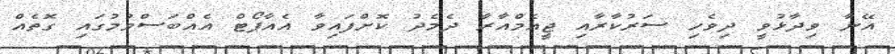
އޭނާ ވިދާޅުވީ ދިވެހި ސަރުކާރާއި ޖީއެމްއާރާ ދެމެދު ކޮށްފައިވާ އެއާޕޯޓް އެއްބަސްވުމުގައި ގޮތެއް